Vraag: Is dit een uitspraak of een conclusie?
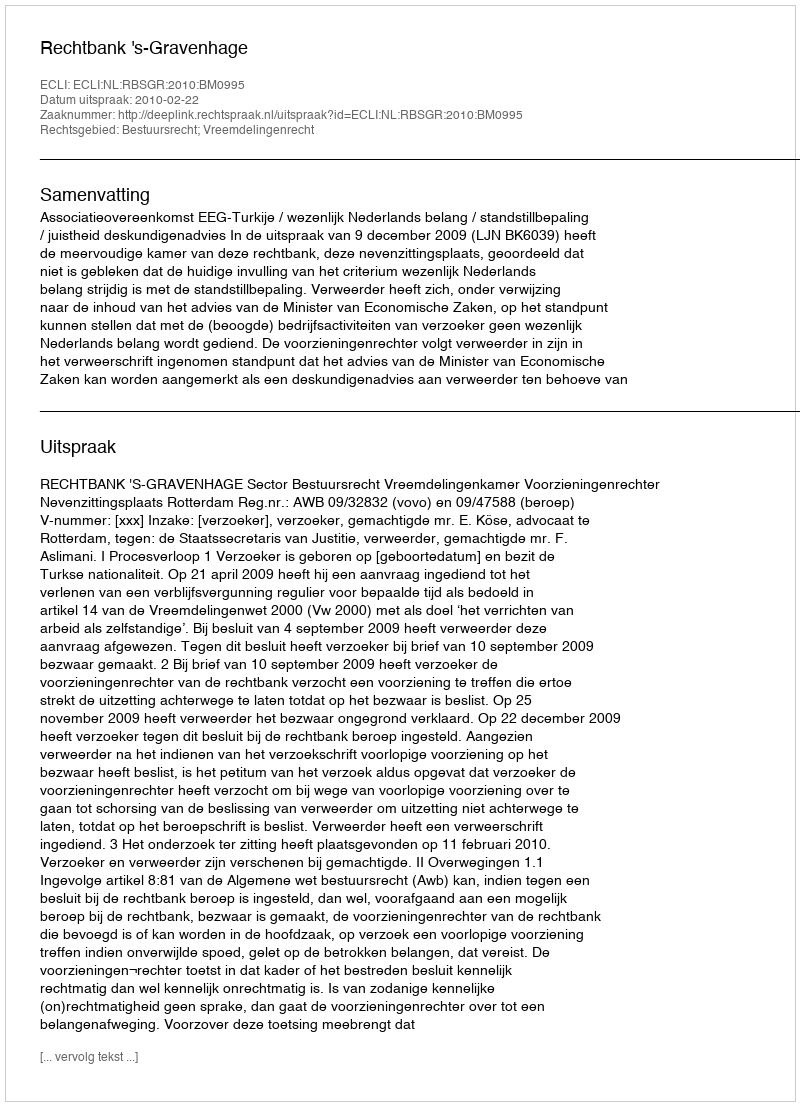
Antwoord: Uitspraak